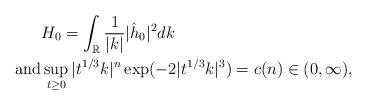
LaTeX: \begin{align*}&H_0=\int_{\mathbb{R}}\frac{1}{|k|}|\hat h_0|^2dk\\\mbox{and}&\sup_{t\ge 0}|t^{1/3}k|^{n}\exp(-2|t^{1/3}k|^3)=c(n)\in(0,\infty),\end{align*}